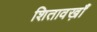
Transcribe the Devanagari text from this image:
शितावख़ाँ